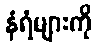
နံရံများကို